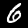
Digit: 6